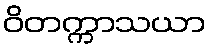
ဝိတက္ကာသယာ